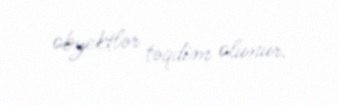
obyektlər təqdim olunur.